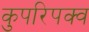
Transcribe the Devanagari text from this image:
कुपरिपक्व